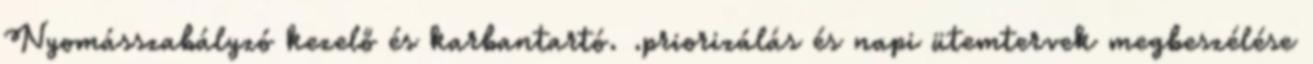
Nyomásszabályzó kezelő és karbantartó. .priorizálás és napi ütemtervek megbeszélése